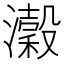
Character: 瀔